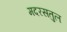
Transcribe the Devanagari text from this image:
मदरसतुल